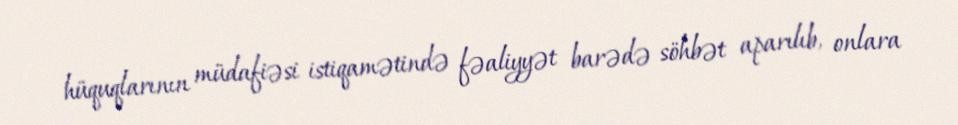
hüquqlarının müdafiəsi istiqamətində fəaliyyət barədə söhbət aparılıb, onlara